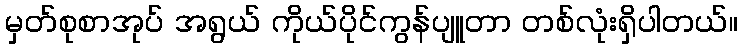
မှတ်စုစာအုပ် အရွယ် ကိုယ်ပိုင်ကွန်ပျူတာ တစ်လုံးရှိပါတယ်။